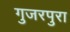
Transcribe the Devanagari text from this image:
गुजरपुरा